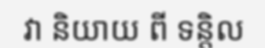
វា និយាយ ពី ទន្តិល